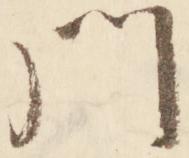
門